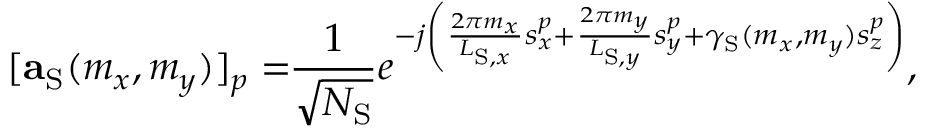
[ \mathbf { a } _ { \mathrm { S } } ( m _ { x } , m _ { y } ) ] _ { p } = \! \! \frac { 1 } { \sqrt { N _ { \mathrm { S } } } } e ^ { - j \left( \frac { 2 \pi m _ { x } } { L _ { \mathrm { S } , x } } s _ { x } ^ { p } + \frac { 2 \pi m _ { y } } { L _ { \mathrm { S } , y } } s _ { y } ^ { p } + \gamma _ { \mathrm { S } } ( m _ { x } , m _ { y } ) s _ { z } ^ { p } \right) } ,